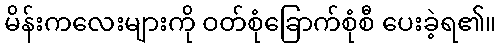
မိန်းကလေးများကို ဝတ်စုံခြောက်စုံစီ ပေးခဲ့ရ၏။